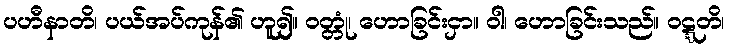
ပဟီနာတိ၊ ပယ်အပ်ကုန်၏ ဟူ၍။ ဝတ္တုံ၊ ဟောခြင်းငှာ။ ဝါ၊ ဟောခြင်းသည်။ ဝဋ္ဋတိ၊